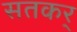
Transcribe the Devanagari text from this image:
सतकर्